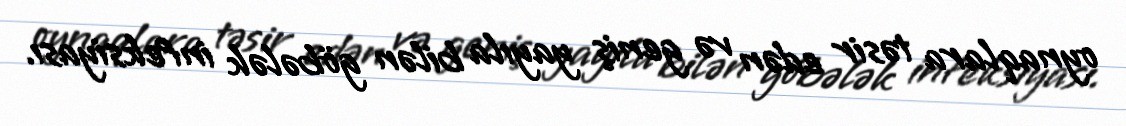
oynaqlara təsir edən və geniş yayıla bilən göbələk infeksiyası.